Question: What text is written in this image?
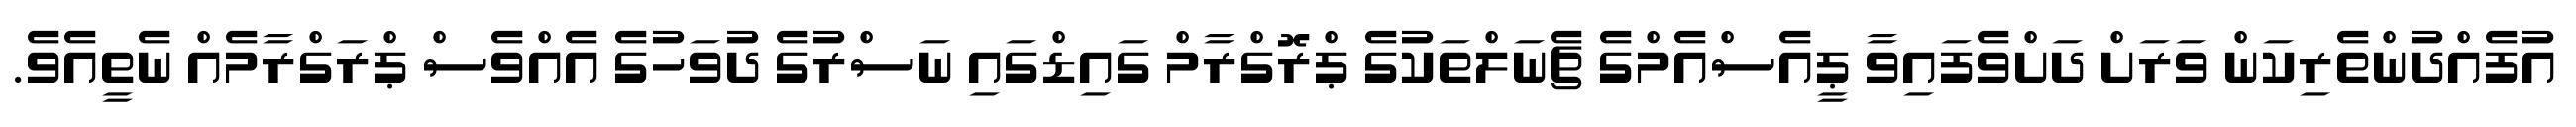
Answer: އުފެއްދުންތެރިކަން ވަރަށް ދަށްވެފައިވާ ޕީއެސްއެމްގެ ޗެނަލްތަކުގެ ޕްރޮގްރާމް ގައިޑްގައި ނަސްރުގެ ދުވަހުގެ އެއްވެސް ޕްރަގްރާމެއް ނެތީއެވެ.